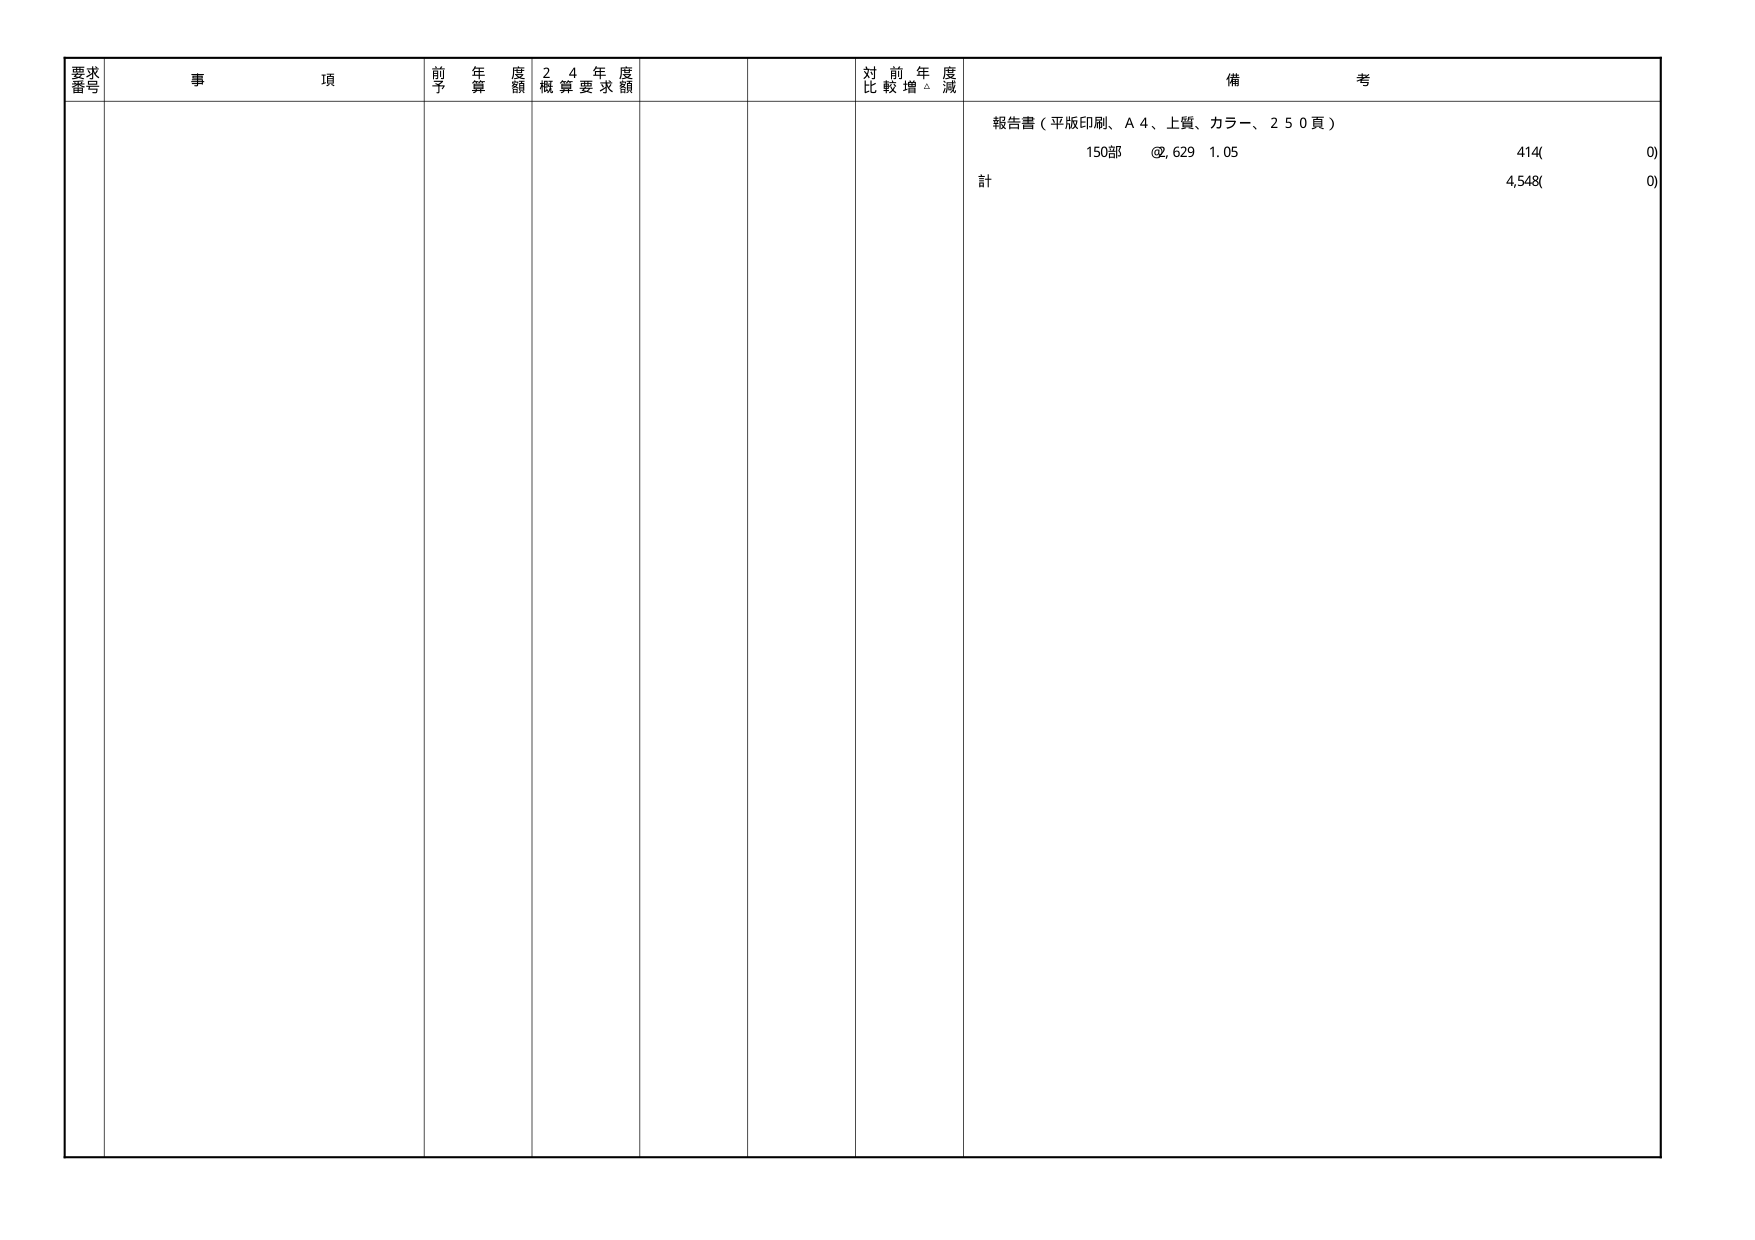
要求番号
事項
前年度予算額
24年度概算要求額
対前年度比較増減
備考
報告書（平版印刷、A4、上質、カラー、250頁）
150部 @629 1.05 414(0)
計 4,548(0)